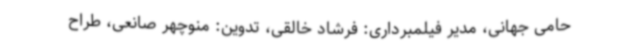
حامی جهانی، مدیر فیلمبرداری: فرشاد خالقی، تدوین: منوچهر صانعی، طراح